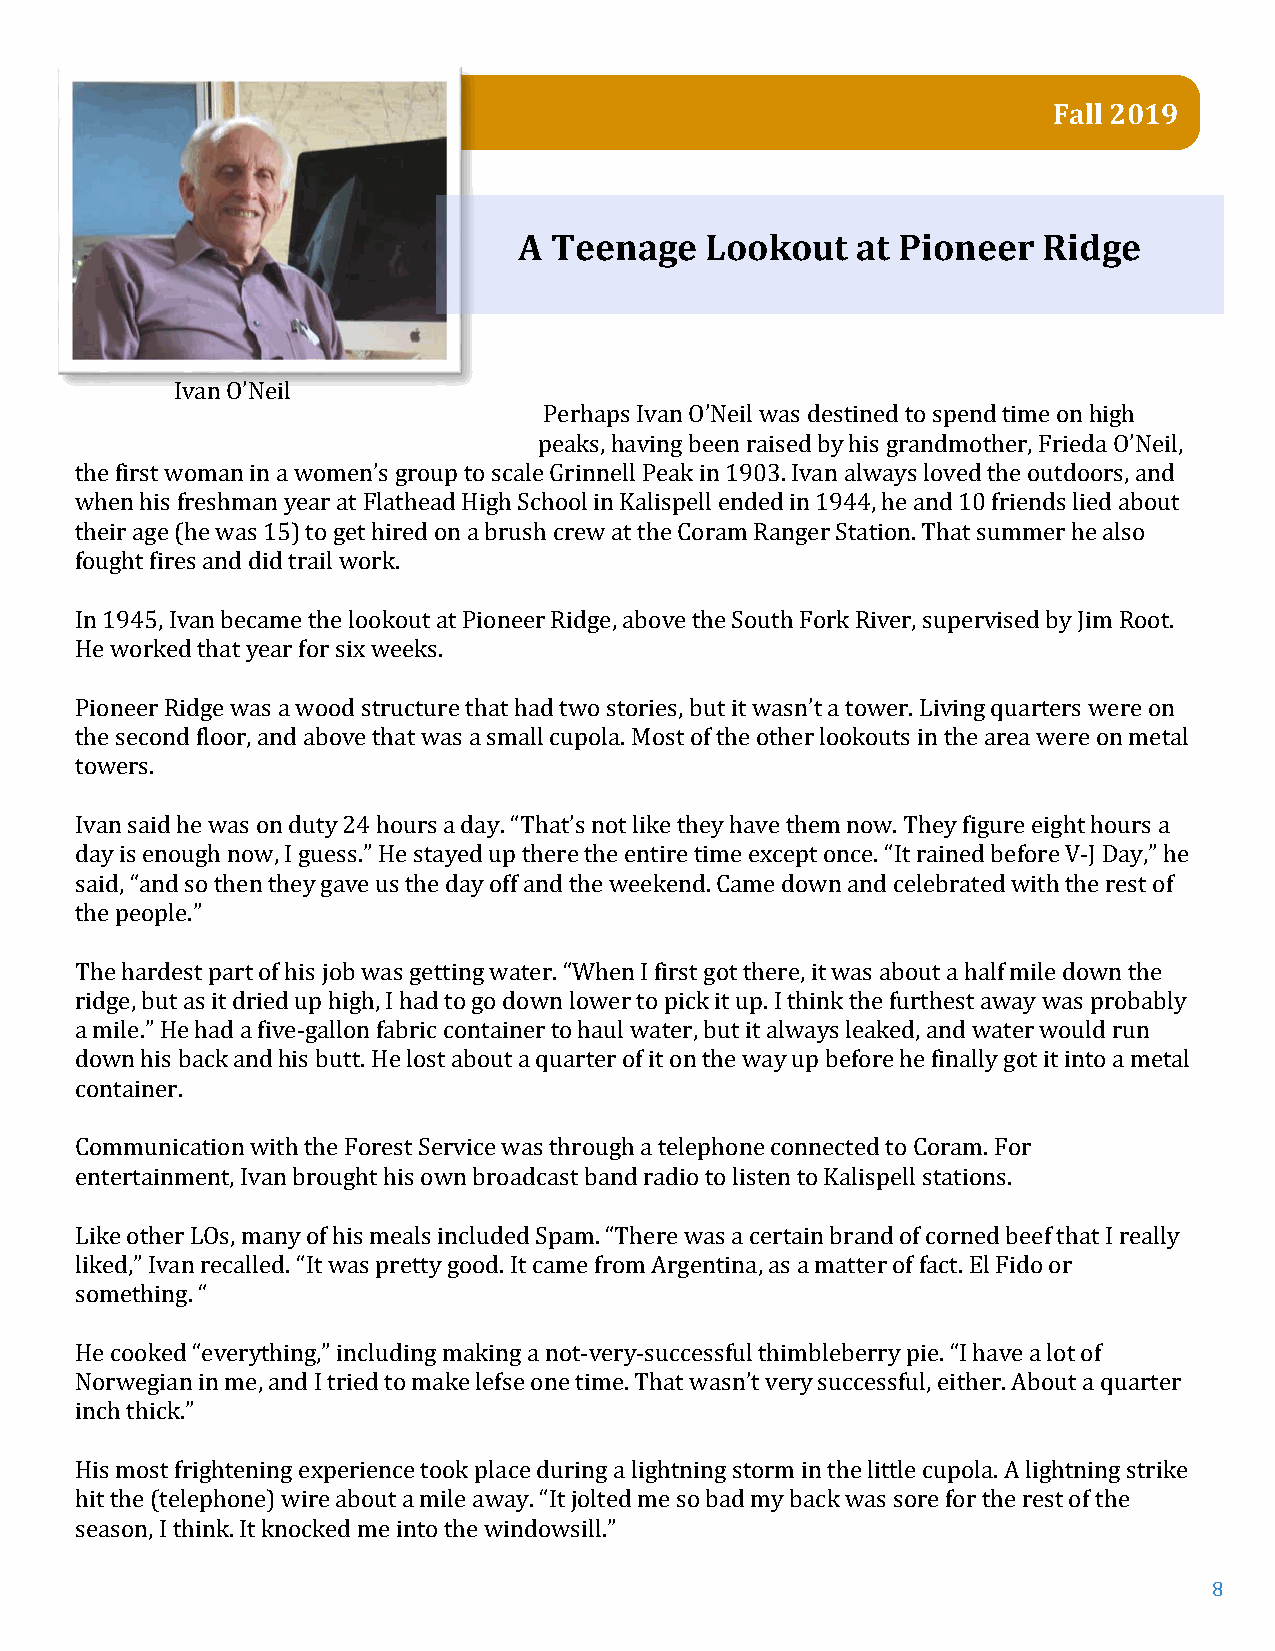
Fall 2019
 A Teenage    Lookout   a t Pioneer Ridge
 Ivan O’Neil
 Perhaps Ivan O’Neil was destined to spend time on high
 peaks, having been raised by his grandmother, Frieda O’Neil,
 the first woman in a women’s group to scale Grinnell Peak in 1903. Ivan always loved the outdoors, and
 when his freshman year at Flathead High School in Kalispell ended in 1944, he and 10 friends lied about
 their age (he was 15) to get hired on a brush crew at the Coram Ranger Station. That summer he also
 fought fires and did trail work.
 In 1945, Ivan became the lookout at Pioneer Ridge, above the South Fork River, supervised by Jim Root.
 He worked that year for six weeks.
 Pioneer Ridge was a wood structure that had two stories, but it wasn’t a tower. Living quarters were on
 the second floor, and above that was a small cupola. Most of the other lookouts in the area were on metal
 towers.
 Ivan said he was on duty 24 hours a day. “That’s not like they have them now. They figure eight hours a
 day is enough now, I guess.” He stayed up there the entire time except once. “It rained before V-J Day,” he
 said, “and so then they gave us the day off and the weekend. Came down and celebrated with the rest of
 the people.”
 The hardest part of his job was getting water. “When I first got there, it was about a half mile down the
 ridge, but as it dried up high, I had to go down lower to pick it up. I think the furthest away was probably
 a mile.” He had a five-gallon fabric container to haul water, but it always leaked, and water would run
 down his back and his butt. He lost about a quarter of it on the way up before he finally got it into a metal
 container.
 Communication with the Forest Service was through a telephone connected to Coram. For
 entertainment, Ivan brought his own broadcast band radio to listen to Kalispell stations.
 Like other LOs, many of his meals included Spam. “There was a certain brand of corned beef that I really
 liked,” Ivan recalled. “It was pretty good. It came from Argentina, as a matter of fact. El Fido or
 something. “
 He cooked “everything,” including making a not-very-successful thimbleberry pie. “I have a lot of
 Norwegian in me, and I tried to make lefse one time. That wasn’t very successful, either. About a quarter
 inch thick.”
 His most frightening experience took place during a lightning storm in the little cupola. A lightning strike
 hit the (telephone) wire about a mile away. “It jolted me so bad my back was sore for the rest of the
 season, I think. It knocked me into the windowsill.”
 8